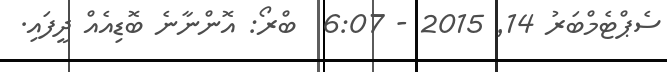
ސެޕްޓެމްބަރު 14